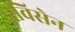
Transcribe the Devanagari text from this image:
रविसेन